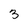
Character: 3